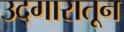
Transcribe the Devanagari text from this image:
उद्गारातून